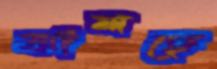
ঝালছে